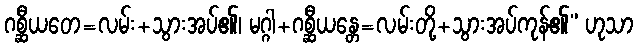
ဂစ္ဆီယတေ=လမ်း+သွားအပ်၏၊ မဂ္ဂါ+ဂစ္ဆီယန္တေ=လမ်းတို့+သွားအပ်ကုန်၏” ဟုသာ